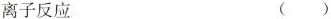
离子反应 ()